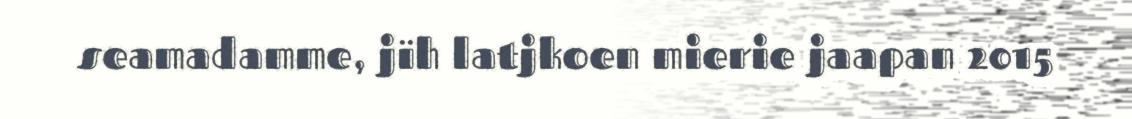
seamadamme, jïh latjkoen mierie jaapan 2015